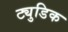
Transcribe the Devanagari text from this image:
ट्युडिक